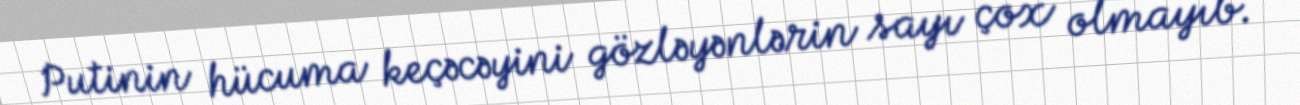
Putinin hücuma keçəcəyini gözləyənlərin sayı çox olmayıb.